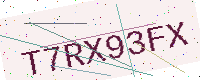
Text: T7RX93FX